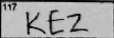
Transcription: KEZ